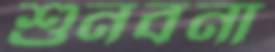
শুনবনা